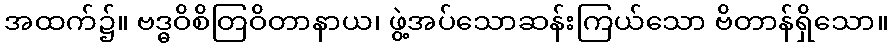
အထက်၌။ ဗဒ္ဓဝိစိတြဝိတာနာယ၊ ဖွဲ့အပ်သောဆန်းကြယ်သော ဗိတာန်ရှိသော။